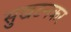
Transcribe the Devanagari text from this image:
सुखटनकर